Leaving Certificate Examination, 1921
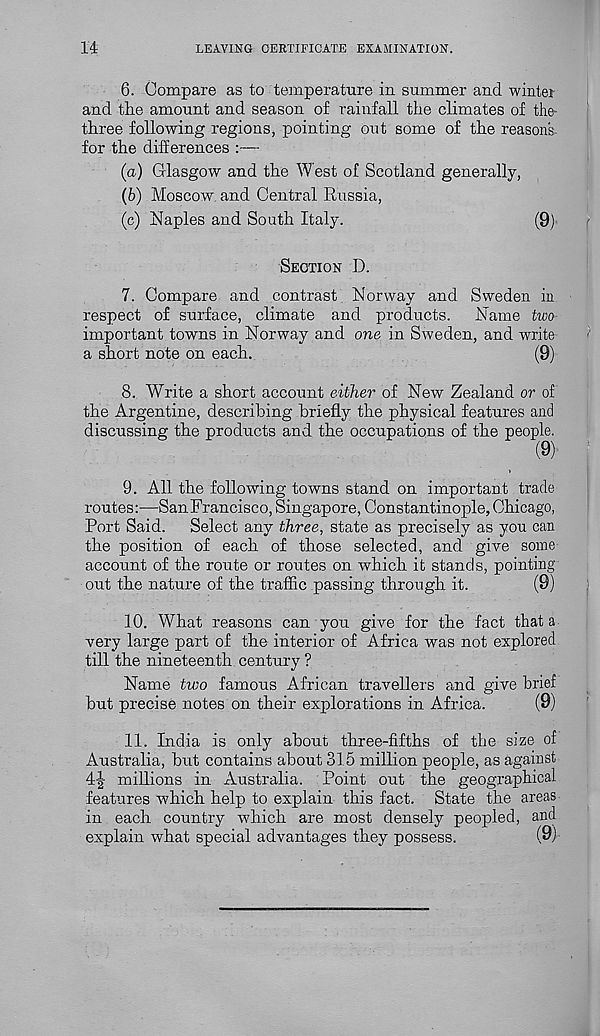
14
LEAVING CERTIFICATE EXAMINATION.
6. Compare as to temperature in summer and winter
and the amount and season of rainfall the climates of the
three following regions, pointing out some of the reasons-
for the differences :—
(а) Glasgow and the West of Scotland generally,
(б) Moscow and Central Russia,
(c) Naples and South Italy.
(9)’
SECTION D.
7. Compare and contrast Norway and Sweden in
respect of surface, climate and products. Name two
important towns in Norway and one in Sweden, and write
a short note on each.
(9)
8. Write a short account either of New Zealand or of
the Argentine, describing briefly the physical features and
discussing the products and the occupations of the people.
(9)'
9. All the following towns stand on important. trade
routes:—San Francisco, Singapore, Constantinople, Chicago,
Port Said. Select any three, state as precisely as you can
the position of each of those selected, and give some
account of the route or routes on which it stands, pointing
out the nature of the traffic passing through it.
(9)
10. What reasons can you give for the fact that a
very large part of the interior of Africa was not explored
till the nineteenth century ?
Name two famous African travellers and give brief
hut precise notes on their explorations in Africa.
(9)
11. India is only about three-fifths of the size of
Australia, hut contains about 315 million people, as against
4J millions in Australia. Point out the geographical
features which help to explain this fact. State the areas
in each country which are most densely peopled, and
explain what special advantages they possess.
(9)